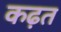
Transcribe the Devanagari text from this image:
कढ़त